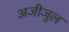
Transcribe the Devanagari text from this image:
अजीजुल